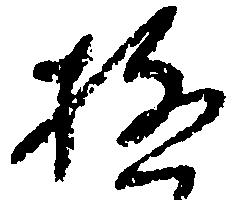
極